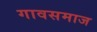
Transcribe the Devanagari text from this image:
गावसमाज